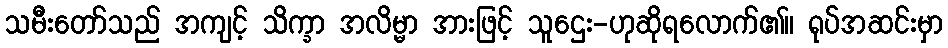
သမီးတော်သည် အကျင့် သိက္ခာ အလိမ္မာ အားဖြင့် သူဌေး-ဟုဆိုရလောက်၏။ ရုပ်အဆင်းမှာ